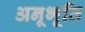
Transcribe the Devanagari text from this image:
अनूभूति